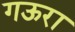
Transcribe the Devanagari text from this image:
गऊरा